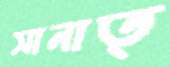
সানাত্